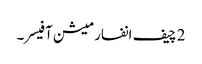
2 چیف انفارمیشن آفیسر۔